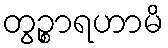
တွဉ္စာရဟာမိ